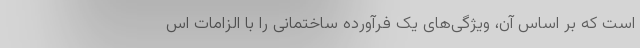
است که بر اساس آن، ویژگی‌های یک فرآورده ساختمانی را با الزامات اس